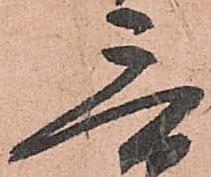
三